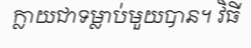
ក្លាយជាទម្លាប់មួយបាន។ វិធី